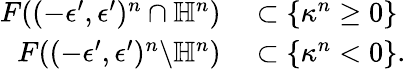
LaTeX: \begin{array}{rl}{F((-\epsilon^{\prime},\epsilon^{\prime})^{n}\cap\mathbb{H}^{n})}&{{}\subset\{ \kappa^{n}\geq 0\} }\\ {F((-\epsilon^{\prime},\epsilon^{\prime})^{n}\backslash\mathbb{H}^{n})}&{{}\subset\{ \kappa^{n}<0\} .}\end{array}